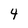
Character: 4